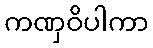
ကဏှဝိပါကာ